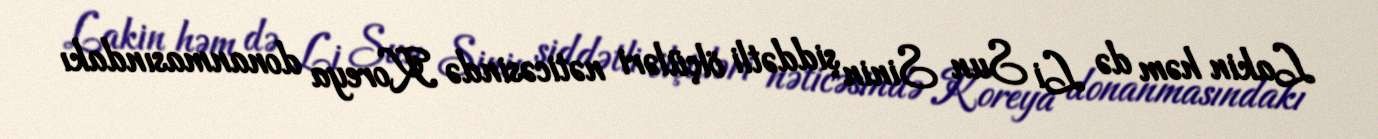
Lakin həm də Li Sun Sinin şiddətli ölçüləri nəticəsində Koreya donanmasındakı